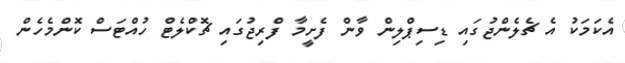
އެކަމަކު އެ ޗެލެންޖުގައި ޑިސިޕްލިން ވާން ފެށީމާ ފްރިޖުގައި ޗޮކްލެޓް ހުއްޓަސް ކޮންމެހެން